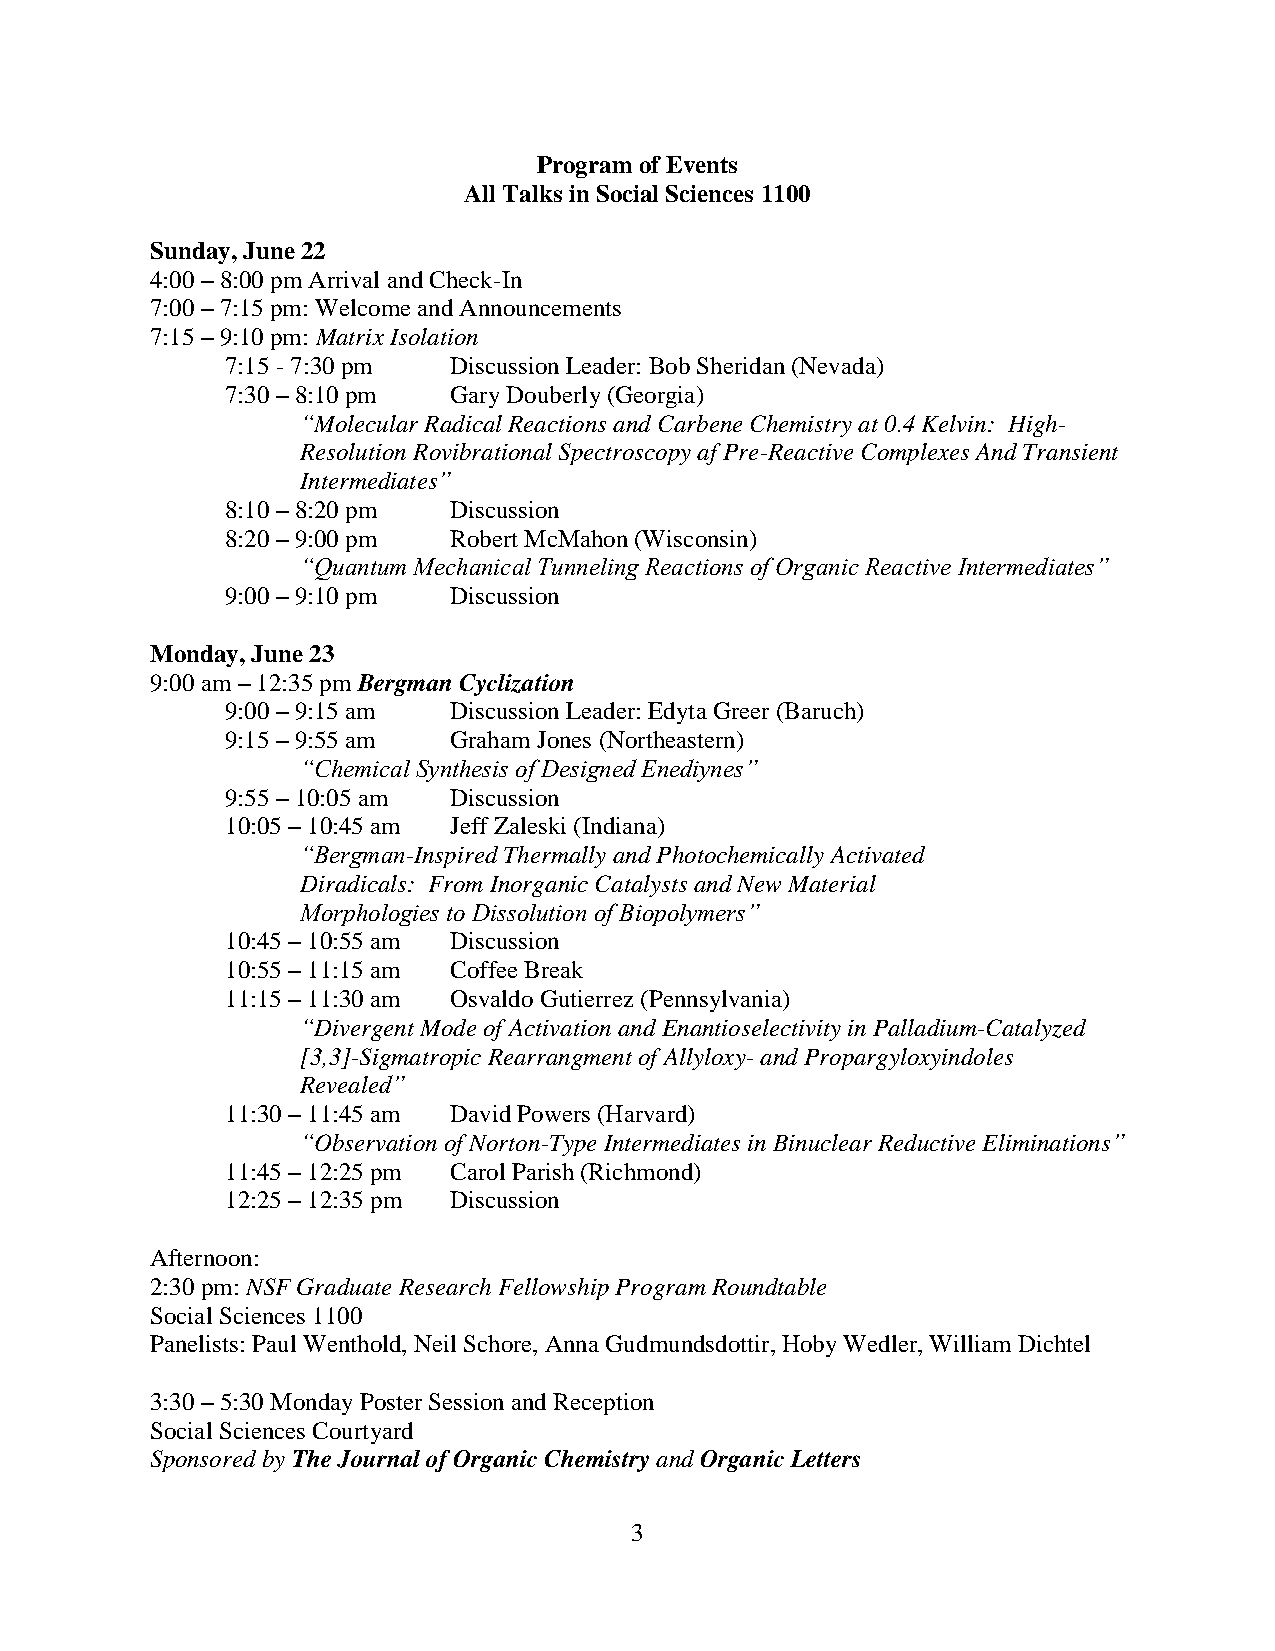
Program of Events
 All Talks in Social Sciences 1100
 Sunday, June 22
 4:00 – 8:00 pm Arrival and Check-In
 7:00 – 7:15 pm: Welcome and Announcements
 7:15 – 9:10 pm: Matrix Isolation
 7:15 - 7:30 pm Discussion Leader: Bob Sheridan (Nevada)
 7:30 – 8:10 pm Gary Douberly (Georgia)
 “Molecular Radical Reactions and Carbene Chemistry at 0.4 Kelvin: High-
 Resolution Rovibrational Spectroscopy af Pre-Reactive Complexes And Transient
 Intermediates”
 8:10 – 8:20 pm Discussion
 8:20 – 9:00 pm Robert McMahon (Wisconsin)
 “Quantum Mechanical Tunneling Reactions of Organic Reactive Intermediates”
 9:00 – 9:10 pm Discussion
 Monday, June 23
 9:00 am – 12:35 pm Bergman Cyclization
 9:00 – 9:15 am Discussion Leader: Edyta Greer (Baruch)
 9:15 – 9:55 am Graham Jones (Northeastern)
 “Chemical Synthesis of Designed Enediynes”
 9:55 – 10:05 am Discussion
 10:05 – 10:45 am Jeff Zaleski (Indiana)
 “Bergman-Inspired Thermally and Photochemically Activated
 Diradicals: From Inorganic Catalysts and New Material
 Morphologies to Dissolution of Biopolymers”
 10:45 – 10:55 am Discussion
 10:55 – 11:15 am Coffee Break
 11:15 – 11:30 am Osvaldo Gutierrez (Pennsylvania)
 “Divergent Mode of Activation and Enantioselectivity in Palladium-Catalyzed
 [3,3]-Sigmatropic Rearrangment of Allyloxy- and Propargyloxyindoles
 Revealed”
 11:30 – 11:45 am David Powers (Harvard)
 “Observation of Norton-Type Intermediates in Binuclear Reductive Eliminations”
 11:45 – 12:25 pm Carol Parish (Richmond)
 12:25 – 12:35 pm Discussion
 Afternoon:
 2:30 pm: NSF Graduate Research Fellowship Program Roundtable
 Social Sciences 1100
 Panelists: Paul Wenthold, Neil Schore, Anna Gudmundsdottir, Hoby Wedler, William Dichtel
 3:30 – 5:30 Monday Poster Session and Reception
 Social Sciences Courtyard
 Sponsored by The Journal of Organic Chemistry and Organic Letters
 3